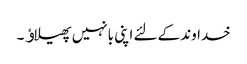
خداوند کےلئے اپنی بانہیں پھیلاﺅ ۔